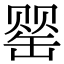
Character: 罂